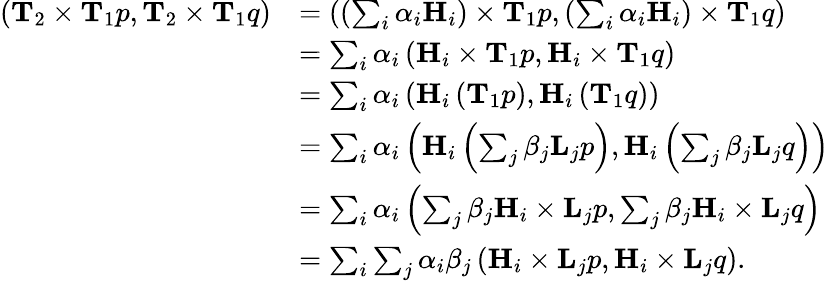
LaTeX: \begin{array}{rl}{\left(\mathbf{T}_{2}\times\mathbf{T}_{1}p,\mathbf{T}_{2}\times\mathbf{T}_{1}q\right)}&{=\left(\left(\sum_{i}\alpha_{i}\mathbf{H}_{i}\right)\times\mathbf{T}_{1}p,\left(\sum_{i}\alpha_{i}\mathbf{H}_{i}\right)\times\mathbf{T}_{1}q\right)}\\ &{=\sum_{i}\alpha_{i}\left(\mathbf{H}_{i}\times\mathbf{T}_{1}p,\mathbf{H}_{i}\times\mathbf{T}_{1}q\right)}\\ &{=\sum_{i}\alpha_{i}\left(\mathbf{H}_{i}\left(\mathbf{T}_{1}p\right),\mathbf{H}_{i}\left(\mathbf{T}_{1}q\right)\right)}\\ &{=\sum_{i}\alpha_{i}\left(\mathbf{H}_{i}\left(\sum_{j}\beta_{j}\mathbf{L}_{j}p\right),\mathbf{H}_{i}\left(\sum_{j}\beta_{j}\mathbf{L}_{j}q\right)\right)}\\ &{=\sum_{i}\alpha_{i}\left(\sum_{j}\beta_{j}\mathbf{H}_{i}\times\mathbf{L}_{j}p,\sum_{j}\beta_{j}\mathbf{H}_{i}\times\mathbf{L}_{j}q\right)}\\ &{=\sum_{i}\sum_{j}\alpha_{i}\beta_{j}\left(\mathbf{H}_{i}\times\mathbf{L}_{j}p,\mathbf{H}_{i}\times\mathbf{L}_{j}q\right).}\end{array}